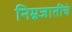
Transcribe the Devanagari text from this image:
निम्नजातींचे